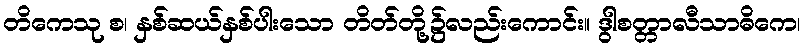
တိကေသု စ၊ နှစ်ဆယ်နှစ်ပါးသော တိတ်တို့၌လည်းကောင်း။ ဒွါစတ္တာလီသာဓိကေ၊